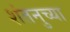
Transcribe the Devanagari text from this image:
शंतनुच्या